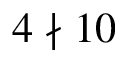
4 \nmid 1 0